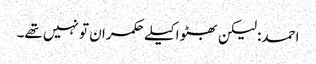
احمد: لیکن بھٹو اکیلے حکمران تو نہیں تھے۔